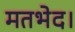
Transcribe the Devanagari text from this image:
मतभेद।